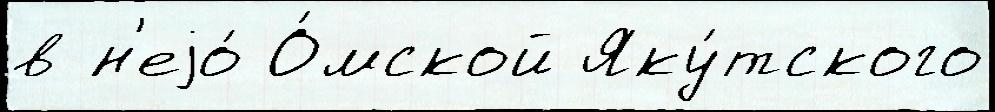
в н'еjо́ О́мской Яку́тского